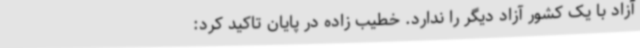
آزاد با یک کشور آزاد دیگر را ندارد. خطیب زاده در پایان تاکید کرد: